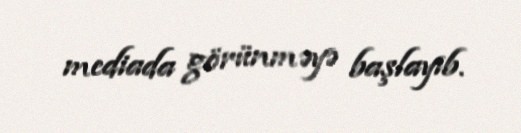
mediada görünməyə başlayıb.